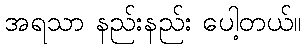
အရသာ နည်းနည်း ပေါ့တယ်။